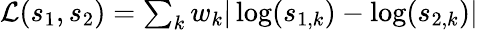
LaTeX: \begin{array}{r}{\mathcal{L}(s_{1},s_{2})=\sum_{k}w_{k}|\log(s_{1,k})-\log(s_{2,k})|}\end{array}